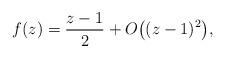
LaTeX: \begin{gather*}f(z) = \frac{z-1}{2} + O\big((z-1)^2\big),\end{gather*}